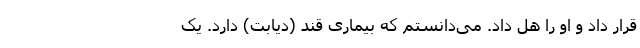
قرار داد و او را هل داد. می‌دانستم که بیماری قند (دیابت) دارد. یک